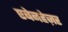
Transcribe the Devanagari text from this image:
एबेनहेज़र